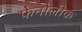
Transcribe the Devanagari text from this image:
फेनोलीक